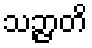
သဉ္ဇာတိ